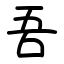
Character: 吾